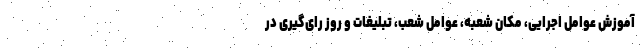
آموزش عوامل اجرایی، مکان شعبه، عوامل شعب، تبلیغات و روز رای‌گیری در